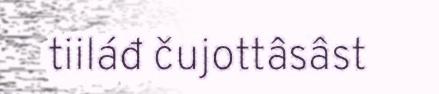
tiiláđ čujottâsâst